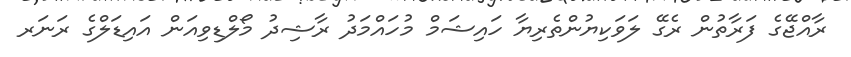
ރާއްޖޭގެ ފަރާތުން ރެގޭ ލަވަކިޔުންތެރިޔާ ހައިޝަމް މުހައްމަދު ރާޝިދު މޯލްޑިވިއަން އައިޑަލްގެ ރަނަރ